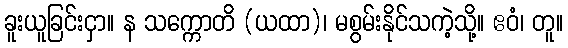
ခူးယူခြင်းငှာ။ န သက္ကောတိ (ယထာ)၊ မစွမ်းနိုင်သကဲ့သို့။ ဧဝံ၊ တူ။